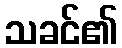
သခင်၏